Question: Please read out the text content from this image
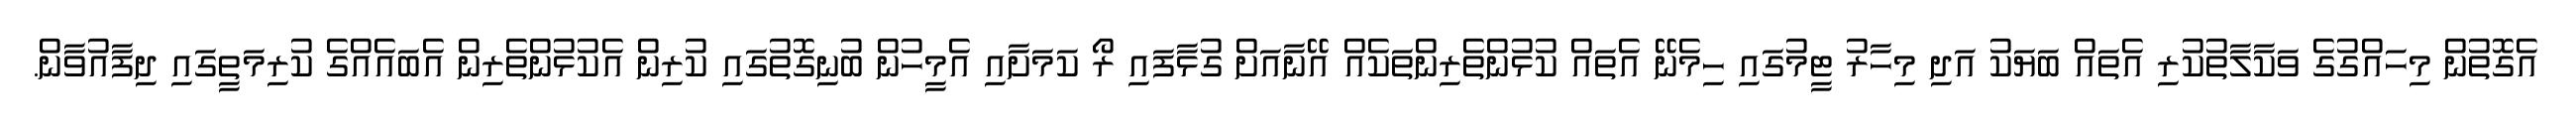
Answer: އެގޮތުން މިހައްގުގެ ވަކާލާތުކުރި އެތައް ބަޔަކު އަދި މިހާރު ޓީމުގައި ހިމެނޭ އެތައް ކުޅުންތެރިންތަކެއް އޭނާއަށް ގުޅާފައި ރޯ ކަމަށާއި އެމީހުން ބުނިގޮތުގައި ކުރިން އެކުޅުންތެރިން އެބައެއްގެ ކުރިމަތީގައި ދިފާއުވާން.